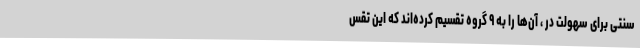
سنتی برای سهولت در ، آن‌ها را به ۹ گروه تقسیم کرده‌اند که این تقس